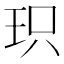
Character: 𮴉